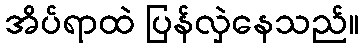
အိပ်ရာထဲ ပြန်လှဲနေသည်။